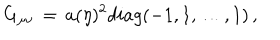
G _ { \mu \nu } \, = \, a ( \eta ) ^ { 2 } d i a g ( - 1 , 1 , \dots , 1 ) \, ,